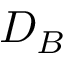
D _ { B }